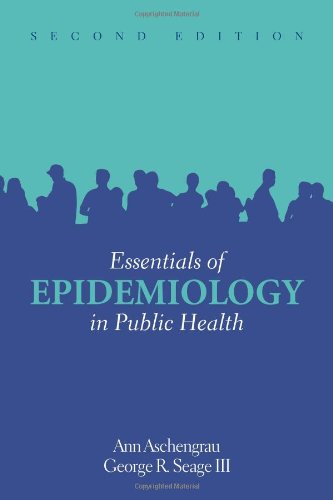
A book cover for Essentials of Epidemiology in Public Health, 2nd Edition; Ann Aschengrau; Medical Books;